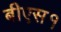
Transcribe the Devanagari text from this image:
बीएस१